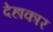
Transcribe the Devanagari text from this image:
देहाकार